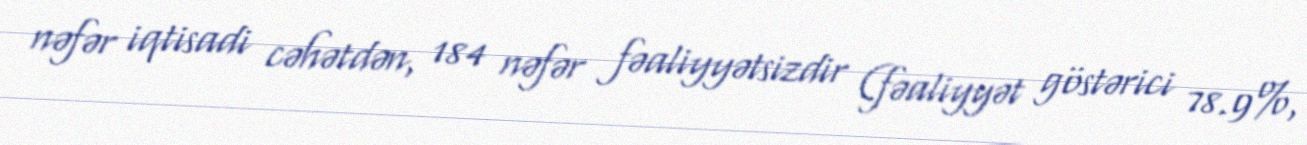
nəfər iqtisadi cəhətdən, 184 nəfər fəaliyyətsizdir (fəaliyyət göstərici 78.9%,